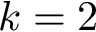
k = 2